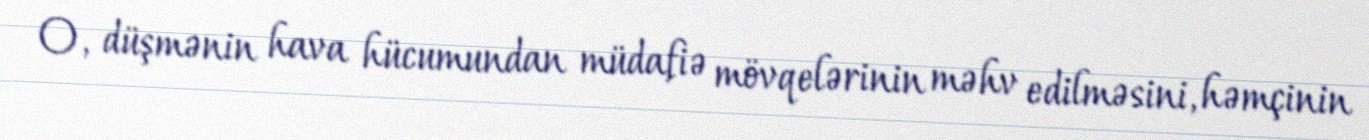
O, düşmənin hava hücumundan müdafiə mövqelərinin məhv edilməsini, həmçinin